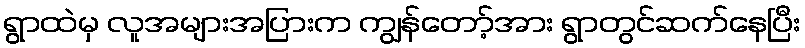
ရွာထဲမှ လူအများအပြားက ကျွန်တော့်အား ရွာတွင်ဆက်နေပြီး